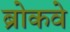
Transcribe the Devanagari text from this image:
ब्रोकवे